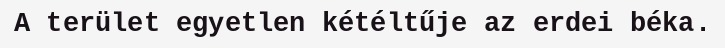
A terület egyetlen kétéltűje az erdei béka.